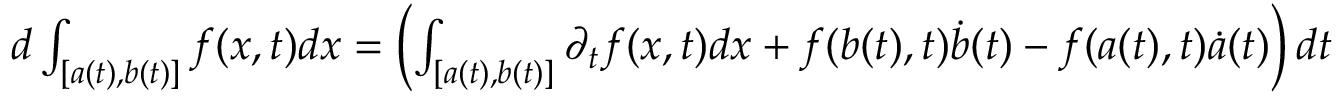
\begin{array} { r } { d \int _ { [ a ( t ) , b ( t ) ] } f ( x , t ) d x = \left( \int _ { [ a ( t ) , b ( t ) ] } \partial _ { t } f ( x , t ) d x + f ( b ( t ) , t ) \Dot { b } ( t ) - f ( a ( t ) , t ) \Dot { a } ( t ) \right) d t } \end{array}